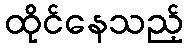
ထိုင်နေသည့်